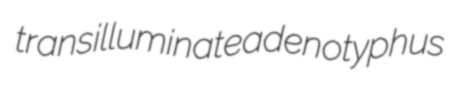
transilluminate adenotyphus